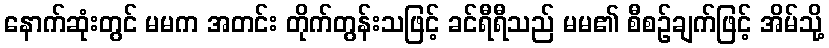
နောက်ဆုံးတွင် မမက အတင်း တိုက်တွန်းသဖြင့် ခင်ရီရီသည် မမ၏ စီစဉ်ချက်ဖြင့် အိမ်သို့